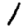
Digit: 1